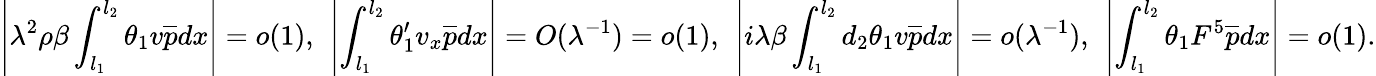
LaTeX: \left|{\lambda}^{2}\rho\beta\int_{l_{1}}^{l_{2}}\theta_{1}v\overline{{p}}dx\right|=o(1),\ \left|\int_{l_{1}}^{l_{2}}\theta_{1}^{\prime}v_{x}\overline{{p}}dx\right|=O({\lambda}^{-1})=o(1),\ \left|i{\lambda}\beta\int_{l_{1}}^{l_{2}}d_{2}\theta_{1}v\overline{{p}}dx\right|=o({\lambda}^{-1}),\ \left|\int_{l_{1}}^{l_{2}}\theta_{1}F^{5}\overline{{p}}dx\right|=o(1).